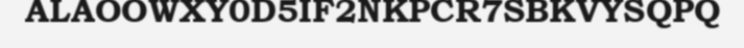
ALAOOWXY0D5IF2NKPCR7SBKVYSQPQ